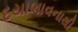
દયાભાવનાથી